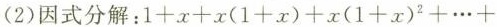
(2)因式分解：$$1+x+x(1+x)+x(1+x)^{2}+ \cdots +$$